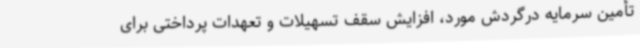
تأمین سرمایه درگردش مورد، افزایش سقف تسهیلات و تعهدات پرداختی برای